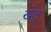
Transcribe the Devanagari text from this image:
खेतु